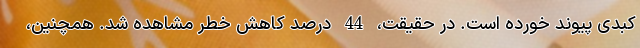
کبدی پیوند خورده است. در حقیقت، 44 درصد کاهش خطر مشاهده شد. همچنین،